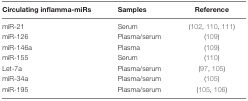
<table><thead><tr><td><b>Circulating inflamma-miRs</b></td><td><b>Samples</b></td><td><b>Reference</b></td></tr></thead><tbody><tr><td>miR-21</td><td>Serum</td><td>(102, 110, 111)</td></tr><tr><td>miR-126</td><td>Plasma/serum</td><td>(109)</td></tr><tr><td>miR-146a</td><td>Plasma</td><td>(109)</td></tr><tr><td>miR-155</td><td>Serum</td><td>(110)</td></tr><tr><td>Let-7a</td><td>Plasma/serum</td><td>(97, 105)</td></tr><tr><td>miR-34a</td><td>Plasma/serum</td><td>(105)</td></tr><tr><td>miR-195</td><td>Plasma/serum</td><td>(105, 106)</td></tr></tbody></table>